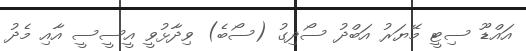
އައްޑޫ ސިޓީ މޭޔަރު އަބްދު ސޯދިގު (ސޯބެ) ވިދާޅުވީ އީސީސީ އާއި މެދު